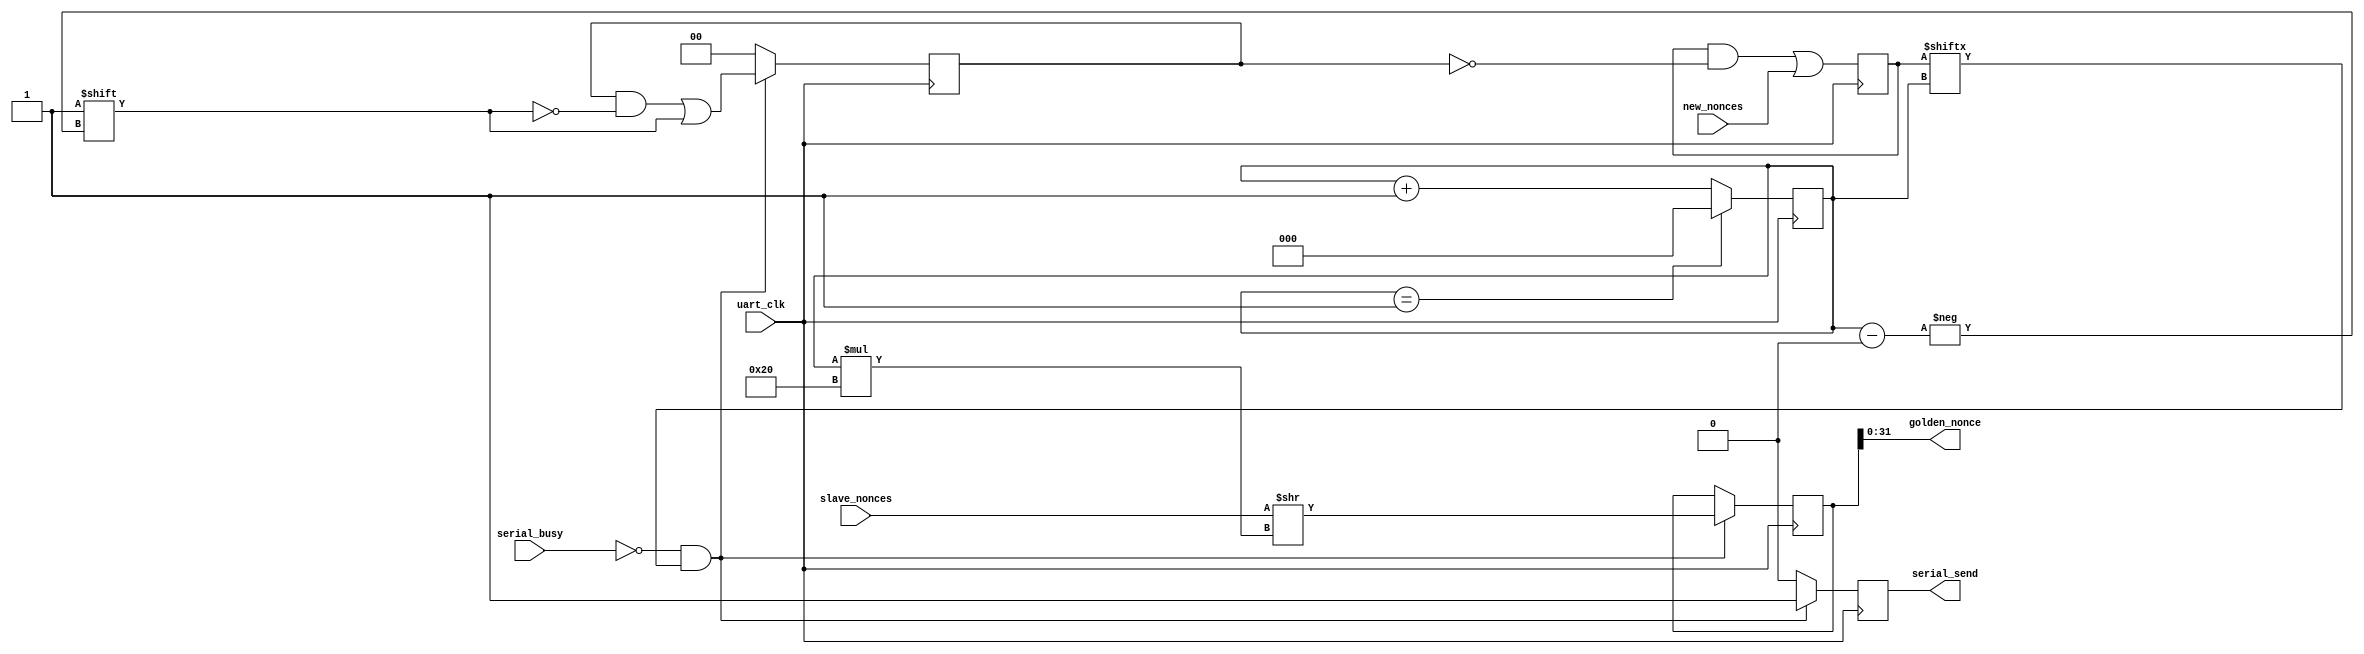
module hub_core (uart_clk, new_nonces, golden_nonce, serial_send, serial_busy, slave_nonces);
   parameter SLAVES = 2;

   input uart_clk;
   
   input [SLAVES-1:0] new_nonces;
   input [SLAVES*32-1:0] slave_nonces;
   output [31:0] 	 golden_nonce;
   output 		 serial_send;
   input 		 serial_busy;

   reg 			 serial_send_reg = 0;
   assign serial_send = serial_send_reg;
  
   // Remember all nonces, even when they come too close together, and
   // send them whenever the uplink is ready
   reg [SLAVES-1:0] 	new_nonces_flag = 0;
   
   // Replace the tedious if-else chain for input ports with a
   // continuously running selector. This may seem slow/inefficient
   // for a large hub, but it is still insanely faster than the serial
   // port we are driving. Also, due to simplicity, it should be more
   // robust for big hubs with fast clocks.

   function integer clog2;		// Courtesy of razorfishsl, replaces $clog2()
      input integer value;
      begin
      value = value-1;
      for (clog2=0; value>0; clog2=clog2+1)
      value = value>>1;
      end
   endfunction

   reg [clog2(SLAVES)+1:0] port_counter = 0;
   reg [SLAVES*32-1:0] 	    slave_nonces_shifted = 0;
   assign golden_nonce = slave_nonces_shifted[31:0];

   // When sending, mark nonces to be cleared during next clock cycle
   reg [SLAVES-1:0] 	    clear_nonces = 0;
   
   always @(posedge uart_clk)
     begin
	// Raise flags when new nonces appear; lower those that have
	// been sent
	new_nonces_flag <= (new_nonces_flag & ~clear_nonces) | new_nonces;

	if (port_counter == SLAVES-1)
	  port_counter <= 0;
	else
	  port_counter <= port_counter + 1;
	
	// Send results one at a time, mark to be cleared
	// kramble - the optimiser removes all but the low 32 bits of slave_nonces_shifted since
	// the following code implements a multiplexor on slave_nonces input, NOT an actual shifter.
	// This is also the behaviour of nghzang's github code, so I'm not going to change it.
	if (!serial_busy && new_nonces_flag[port_counter])
	  begin
	     slave_nonces_shifted <= slave_nonces >> port_counter*32;
	     serial_send_reg <= 1;
	     clear_nonces[port_counter] <= 1;
	  end
	else 
	  begin
	     serial_send_reg <= 0;
	     clear_nonces <= 0;
	  end
     end

endmodule